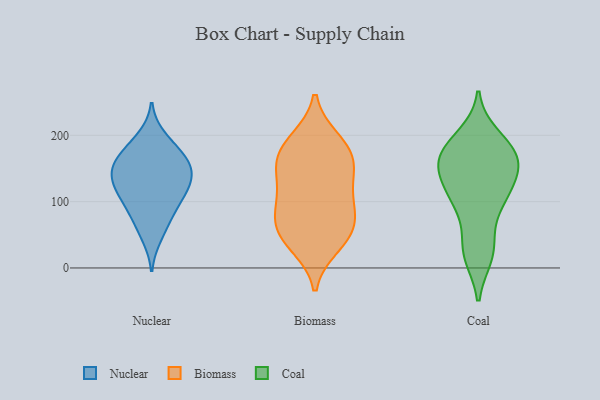
{"axis": {"x": "Website Visitors", "y": "Value"}, "legend": ["Biomass", "Coal", "Nuclear"], "data": [{"x": "", "y": 101, "type": "Nuclear"}, {"x": "", "y": 139, "type": "Nuclear"}, {"x": "", "y": 64, "type": "Nuclear"}, {"x": "", "y": 162, "type": "Nuclear"}, {"x": "", "y": 147, "type": "Nuclear"}, {"x": "", "y": 46, "type": "Nuclear"}, {"x": "", "y": 159, "type": "Nuclear"}, {"x": "", "y": 117, "type": "Nuclear"}, {"x": "", "y": 163, "type": "Nuclear"}, {"x": "", "y": 187, "type": "Nuclear"}, {"x": "", "y": 129, "type": "Nuclear"}, {"x": "", "y": 86, "type": "Nuclear"}, {"x": "", "y": 91, "type": "Nuclear"}, {"x": "", "y": 198, "type": "Nuclear"}, {"x": "", "y": 166, "type": "Nuclear"}, {"x": "", "y": 126, "type": "Nuclear"}, {"x": "", "y": 125, "type": "Nuclear"}, {"x": "", "y": 142, "type": "Biomass"}, {"x": "", "y": 42, "type": "Biomass"}, {"x": "", "y": 193, "type": "Biomass"}, {"x": "", "y": 72, "type": "Biomass"}, {"x": "", "y": 106, "type": "Biomass"}, {"x": "", "y": 161, "type": "Biomass"}, {"x": "", "y": 59, "type": "Biomass"}, {"x": "", "y": 51, "type": "Biomass"}, {"x": "", "y": 191, "type": "Biomass"}, {"x": "", "y": 93, "type": "Biomass"}, {"x": "", "y": 170, "type": "Biomass"}, {"x": "", "y": 163, "type": "Biomass"}, {"x": "", "y": 34, "type": "Biomass"}, {"x": "", "y": 90, "type": "Biomass"}, {"x": "", "y": 133, "type": "Biomass"}, {"x": "", "y": 108, "type": "Coal"}, {"x": "", "y": 188, "type": "Coal"}, {"x": "", "y": 156, "type": "Coal"}, {"x": "", "y": 108, "type": "Coal"}, {"x": "", "y": 20, "type": "Coal"}, {"x": "", "y": 18, "type": "Coal"}, {"x": "", "y": 172, "type": "Coal"}, {"x": "", "y": 199, "type": "Coal"}, {"x": "", "y": 117, "type": "Coal"}, {"x": "", "y": 42, "type": "Coal"}, {"x": "", "y": 164, "type": "Coal"}, {"x": "", "y": 144, "type": "Coal"}, {"x": "", "y": 151, "type": "Coal"}, {"x": "", "y": 92, "type": "Coal"}, {"x": "", "y": 171, "type": "Coal"}]}